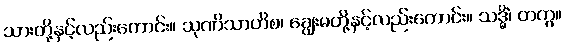
သားတို့နှင့်လည်းကောင်း။ သုဏိသာဟိစ၊ ချွေးမတို့နှင့်လည်းကောင်း။ သဒ္ဓိံ၊ တကွ။